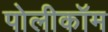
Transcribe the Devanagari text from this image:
पोलीकॉम